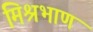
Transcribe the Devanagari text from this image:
मिश्रभाण